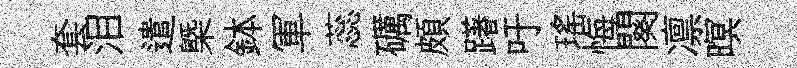
套泪遣槩鉢軍蕊礪頗躇吁瑶悔闋凛暝